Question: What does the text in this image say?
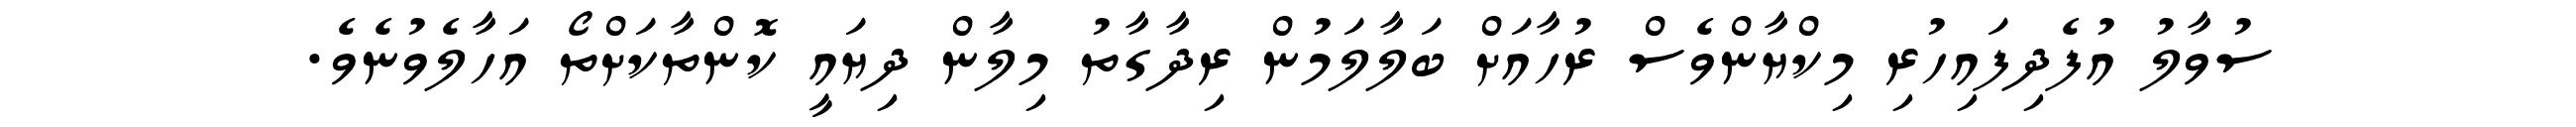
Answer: ސުވާލު އުފެދިފައިހުރި މިކްޔާންވެސް ރުހާއަށް ބަލާލަމުން ރިދާގާތު މިލާން ދިޔައީ ކޮންތާކަށްތޯ އަހާލެވުނެވެ.